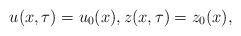
LaTeX: \begin{align*} u(x, \tau) =u_0(x), z(x, \tau) = z_0(x), \end{align*}